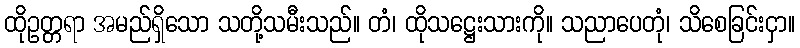
ထိုဥတ္တရာ အမည်ရှိသော သတို့သမီးသည်။ တံ၊ ထိုသဋ္ဌေးသားကို။ သညာပေတုံ၊ သိစေခြင်းငှာ။